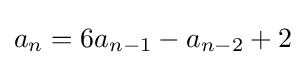
a_{n}=6a_{n-1}-a_{n-2}+2